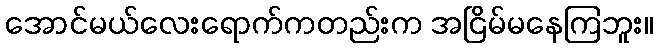
အောင်မယ်လေးရောက်ကတည်းက အငြိမ်မနေကြဘူး။